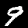
Digit: 9